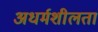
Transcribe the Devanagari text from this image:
अधर्मशीलता